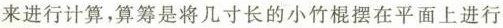
来进行计算，算筹是将几寸长的小竹棍摆在平面上进行